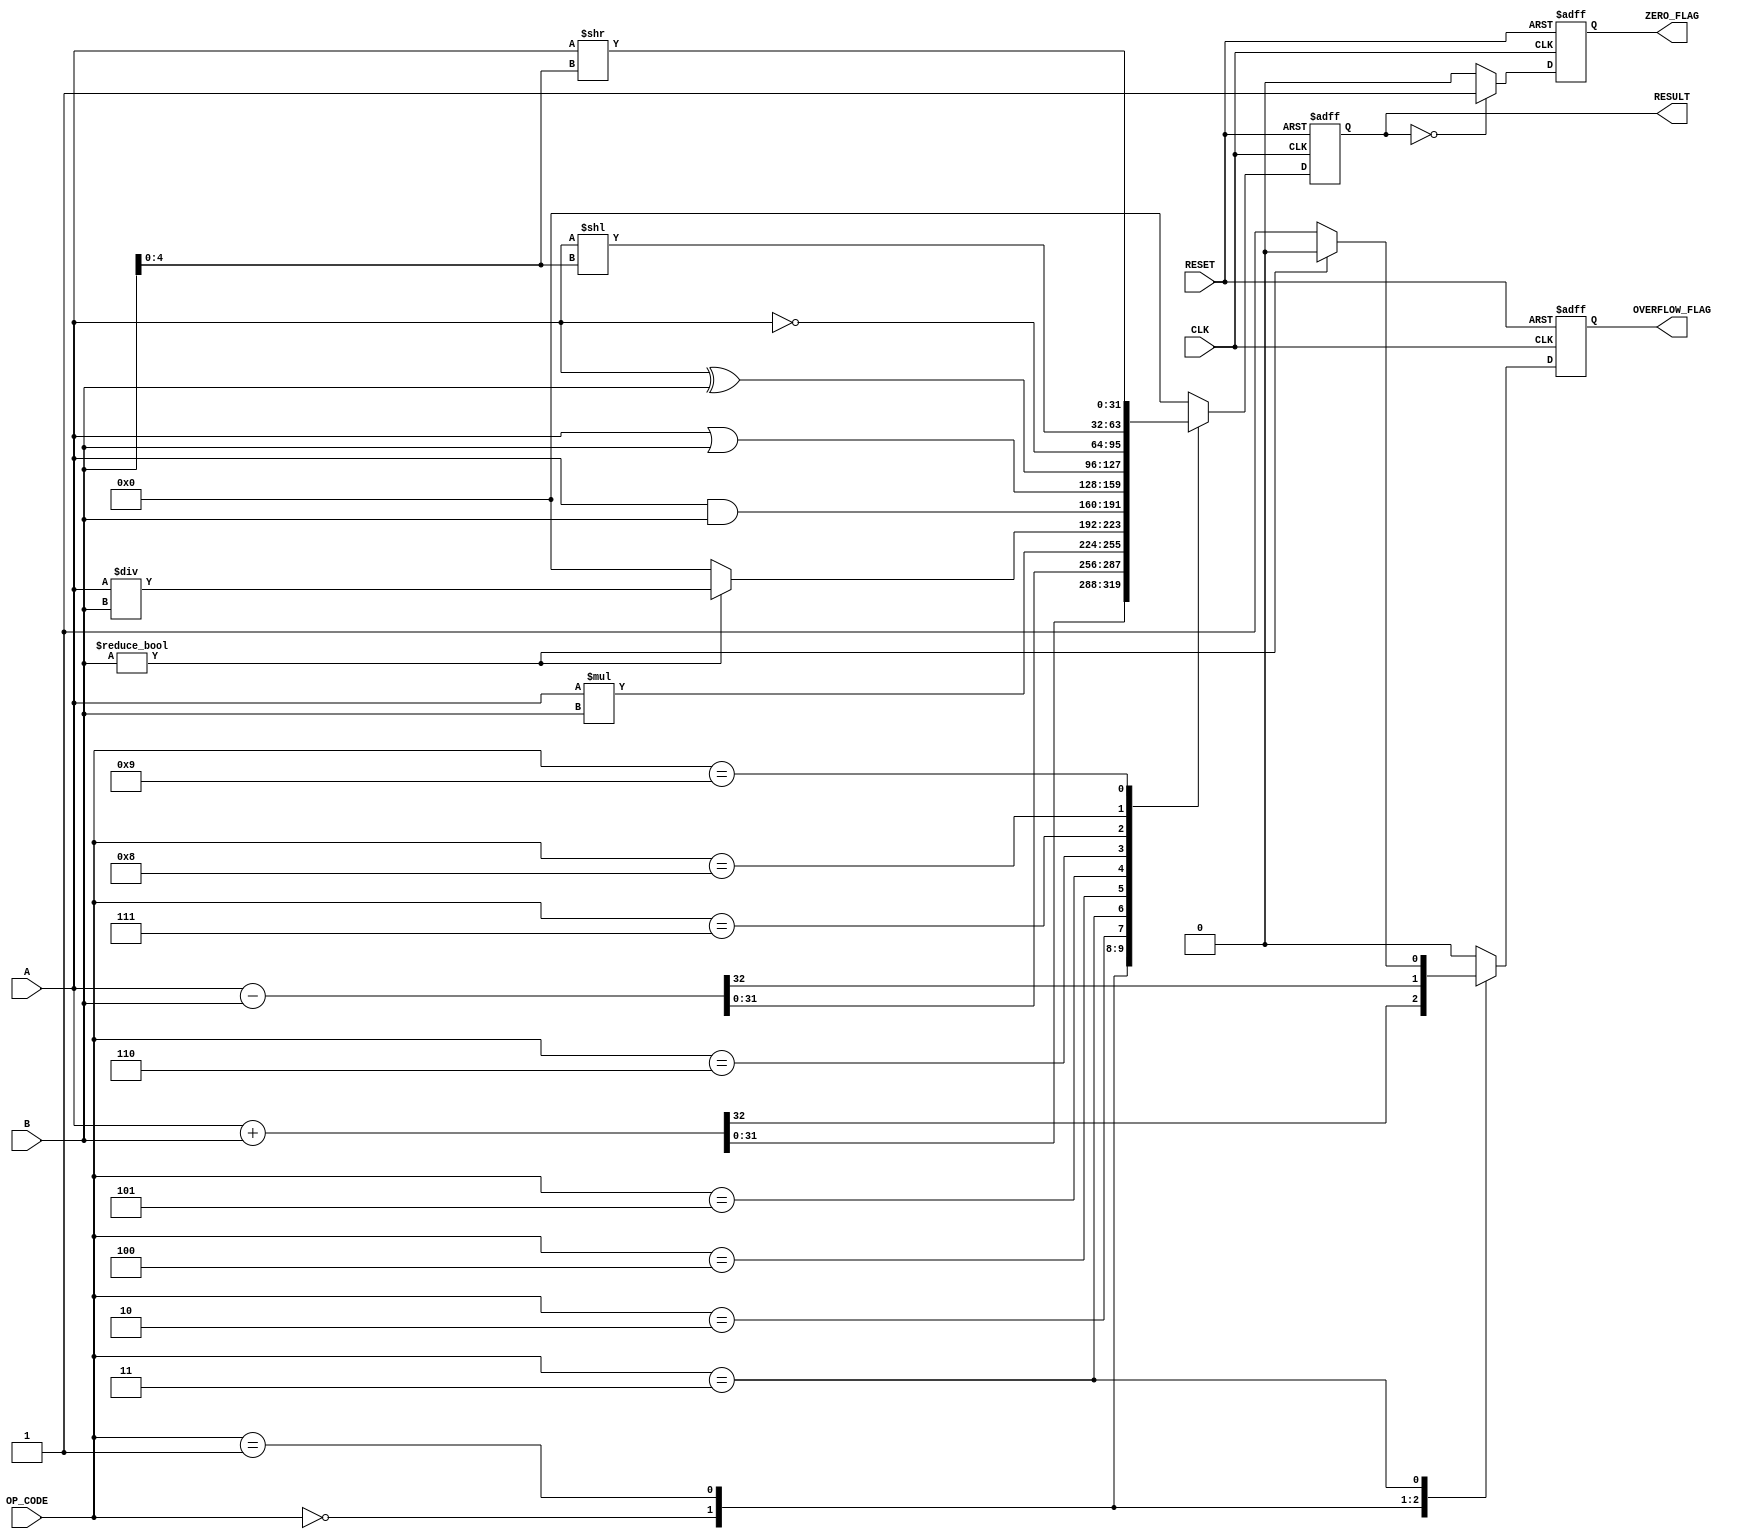
module parameterized_alu #(
    parameter DATA_WIDTH = 32, // Bit-width of the data
    parameter OPERATION = 8     // Number of operations supported
)(
    input  wire [DATA_WIDTH-1:0] A,      // Operand 1
    input  wire [DATA_WIDTH-1:0] B,      // Operand 2
    input  wire [3:0] OP_CODE,            // Operation code
    input  wire CLK,                       // Clock signal
    input  wire RESET,                     // Asynchronous reset
    output reg [DATA_WIDTH-1:0] RESULT,   // Result of the operation
    output reg ZERO_FLAG,                  // Zero flag
    output reg OVERFLOW_FLAG                // Overflow flag
);

    // Define operation codes
    localparam ADD      = 4'b0000;
    localparam SUB      = 4'b0001;
    localparam MUL      = 4'b0010;
    localparam DIV      = 4'b0011;
    localparam AND      = 4'b0100;
    localparam OR       = 4'b0101;
    localparam XOR      = 4'b0110;
    localparam NOT      = 4'b0111;
    localparam SHL      = 4'b1000; // Shift Left
    localparam SHR      = 4'b1001; // Shift Right

    // Always block for synchronous operation
    always @(posedge CLK or posedge RESET) begin
        if (RESET) begin
            RESULT <= 0;
            ZERO_FLAG <= 0;
            OVERFLOW_FLAG <= 0;
        end else begin
            case (OP_CODE)
                ADD: begin
                    {OVERFLOW_FLAG, RESULT} <= A + B; // Capture overflow
                end
                SUB: begin
                    {OVERFLOW_FLAG, RESULT} <= A - B; // Capture overflow
                end
                MUL: begin
                    RESULT <= A * B;
                    OVERFLOW_FLAG <= 0; // Overflow handling can be more complex
                end
                DIV: begin
                    if (B != 0) begin
                        RESULT <= A / B;
                        OVERFLOW_FLAG <= 0; // No overflow in division
                    end else begin
                        RESULT <= 0; // Handle division by zero
                        OVERFLOW_FLAG <= 1; // Indicate error
                    end
                end
                AND: begin
                    RESULT <= A & B;
                    OVERFLOW_FLAG <= 0; // No overflow
                end
                OR: begin
                    RESULT <= A | B;
                    OVERFLOW_FLAG <= 0; // No overflow
                end
                XOR: begin
                    RESULT <= A ^ B;
                    OVERFLOW_FLAG <= 0; // No overflow
                end
                NOT: begin
                    RESULT <= ~A;
                    OVERFLOW_FLAG <= 0; // No overflow
                end
                SHL: begin
                    RESULT <= A << B[4:0]; // Shift left
                    OVERFLOW_FLAG <= 0; // No overflow
                end
                SHR: begin
                    RESULT <= A >> B[4:0]; // Shift right
                    OVERFLOW_FLAG <= 0; // No overflow
                end
                default: begin
                    RESULT <= 0;
                    OVERFLOW_FLAG <= 0; // No overflow
                end
            endcase

            // Set ZERO_FLAG
            ZERO_FLAG <= (RESULT == 0) ? 1'b1 : 1'b0;
        end
    end

endmodule